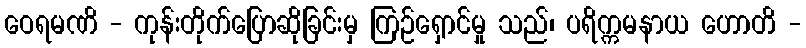
ဝေရမဏိ - ကုန်းတိုက်ပြောဆိုခြင်းမှ ကြဉ်ရှောင်မှု သည်၊ ပရိက္ကမနာယ ဟောတိ -